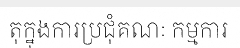
តុក្នុងការប្រជុំគណៈ កម្មការ